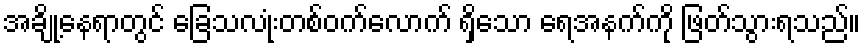
အချို့နေရာတွင် ခြေသလုံးတစ်ဝက်လောက် ရှိသော ရေအနက်ကို ဖြတ်သွားရသည်။